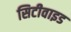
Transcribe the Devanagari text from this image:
सिटीवाइड